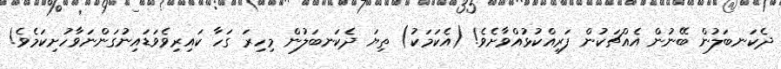
ދެކަނބަލުން ބޭނުން އެއްޗަކުން ފަރިއްކުޅުއްވާށެވެ! (އެކަމަކު) ތިޔަ ދެކަނބަލުން މިހިރަ ގަހާ ކައިރިވެވަޑައިނުގަންނަވާހުށިކަމެވެ!